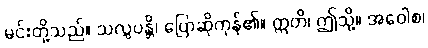
မင်းတို့သည်။ သလ္လပန္တိ၊ ပြောဆိုကုန်၏။ ဣတိ၊ ဤသို့။ အဝေါစ၊